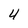
Character: 4